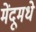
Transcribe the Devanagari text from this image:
मेंदूमधे